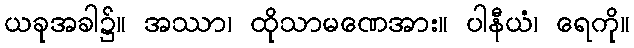
ယခုအခါ၌။ အဿာ၊ ထိုသာမဏေအား။ ပါနီယံ၊ ရေကို။